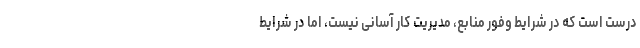
درست است که در شرایط وفور منابع، مدیریت کار آسانی نیست، اما در شرایط